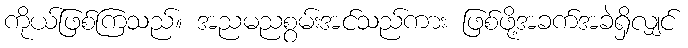
ကိုယ်ဖြစ်ကြသည်။ အညမညစွမ်းအင်သည်ကား ဖြစ်ဖို့အခက်အခဲရှိလျှင်